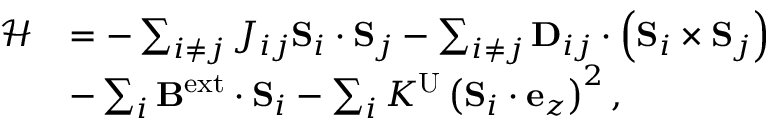
\begin{array} { r l } { \mathscr { H } } & { = - \sum _ { i \neq j } J _ { i j } \mathbf { S } _ { i } \cdot \mathbf { S } _ { j } - \sum _ { i \neq j } \mathbf { D } _ { i j } \cdot \left( \mathbf { S } _ { i } \times \mathbf { S } _ { j } \right) } \\ & { - \sum _ { i } \mathbf { B } ^ { \mathrm { e x t } } \cdot \mathbf { S } _ { i } - \sum _ { i } K ^ { \mathrm { U } } \left( \mathbf { S } _ { i } \cdot \mathbf { e } _ { z } \right) ^ { 2 } , } \end{array}